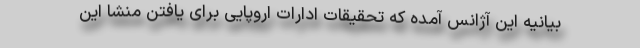
بیانیه این آژانس آمده که تحقیقات ادارات اروپایی برای یافتن منشا این